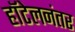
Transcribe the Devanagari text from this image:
हॉटेलनंतर